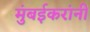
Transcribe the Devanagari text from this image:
मुंबईकरांनी